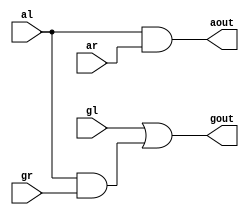
/*
Computer Architecture Lab 2 - 08-01-2018
	Assignment : Floating Point Multiplier
	Module : Circle Block for Prefix Adder
		-- Eshita Arza	(COE15B013)
		-- Akshay Kumar	(CED15I031)
*/

module precircle(gl, al, gr, ar, gout, aout);

	input gl, al, gr, ar;
	output gout, aout;

	assign gout = gl | al & gr;
	assign aout = al & ar;

endmodule // precircle